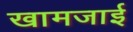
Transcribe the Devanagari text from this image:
खामजाई